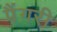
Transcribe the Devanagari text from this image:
पैंगरी